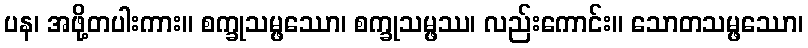
ပန၊ အဖို့တပါးကား။ စက္ခုသမ္ဖဿော၊ စက္ခုသမ္ဖဿ၊ လည်းကောင်း။ သောတသမ္ဖဿော၊